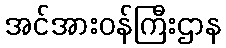
အင်အားဝန်ကြီးဌာန